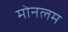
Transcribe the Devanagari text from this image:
मोनलम